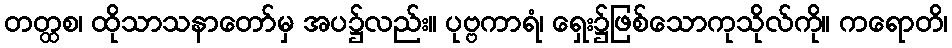
တတ္ထစ၊ ထိုသာသနာတော်မှ အပ၌လည်း။ ပုဗ္ဗကာရံ၊ ရှေး၌ဖြစ်သောကုသိုလ်ကို။ ကရောတိ၊